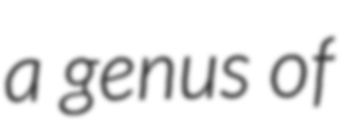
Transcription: a genus of